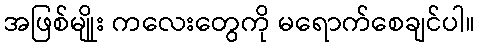
အဖြစ်မျိုုး ကလေးတွေကို မရောက်စေချင်ပါ။